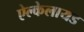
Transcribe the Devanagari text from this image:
ऐल्केलायड